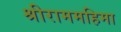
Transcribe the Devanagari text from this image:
श्रीराममहिमा